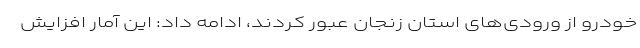
خودرو از ورودی‌های استان زنجان عبور کردند، ادامه داد: این آمار افزایش